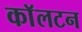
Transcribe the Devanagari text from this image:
काॅलटन